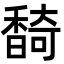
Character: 䭲